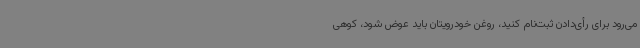
می‌رود برای رأی‌دادن ثبت‌نام کنید، روغن خودرویتان باید عوض شود، کوهی